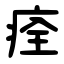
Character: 痊